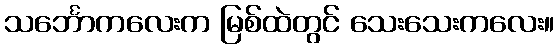
သင်္ဘောကလေးက မြစ်ထဲတွင် သေးသေးကလေး။